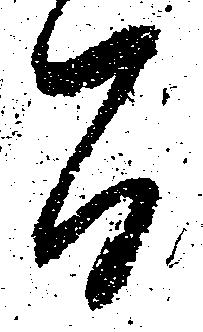
間